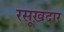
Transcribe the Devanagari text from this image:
रसूख़दार